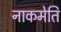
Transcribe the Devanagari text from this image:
नाकमेति